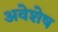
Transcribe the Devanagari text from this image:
अवेशेष